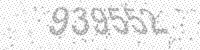
Solution: 939552